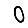
Digit: 0